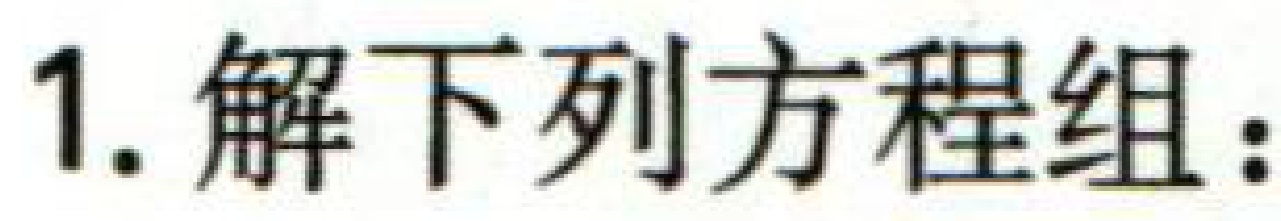
1. 解下列方程组：